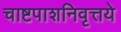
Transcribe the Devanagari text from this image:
चाष्टपाशनिवृत्तये